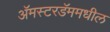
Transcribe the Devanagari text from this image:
अॅमस्टरडॅममधील